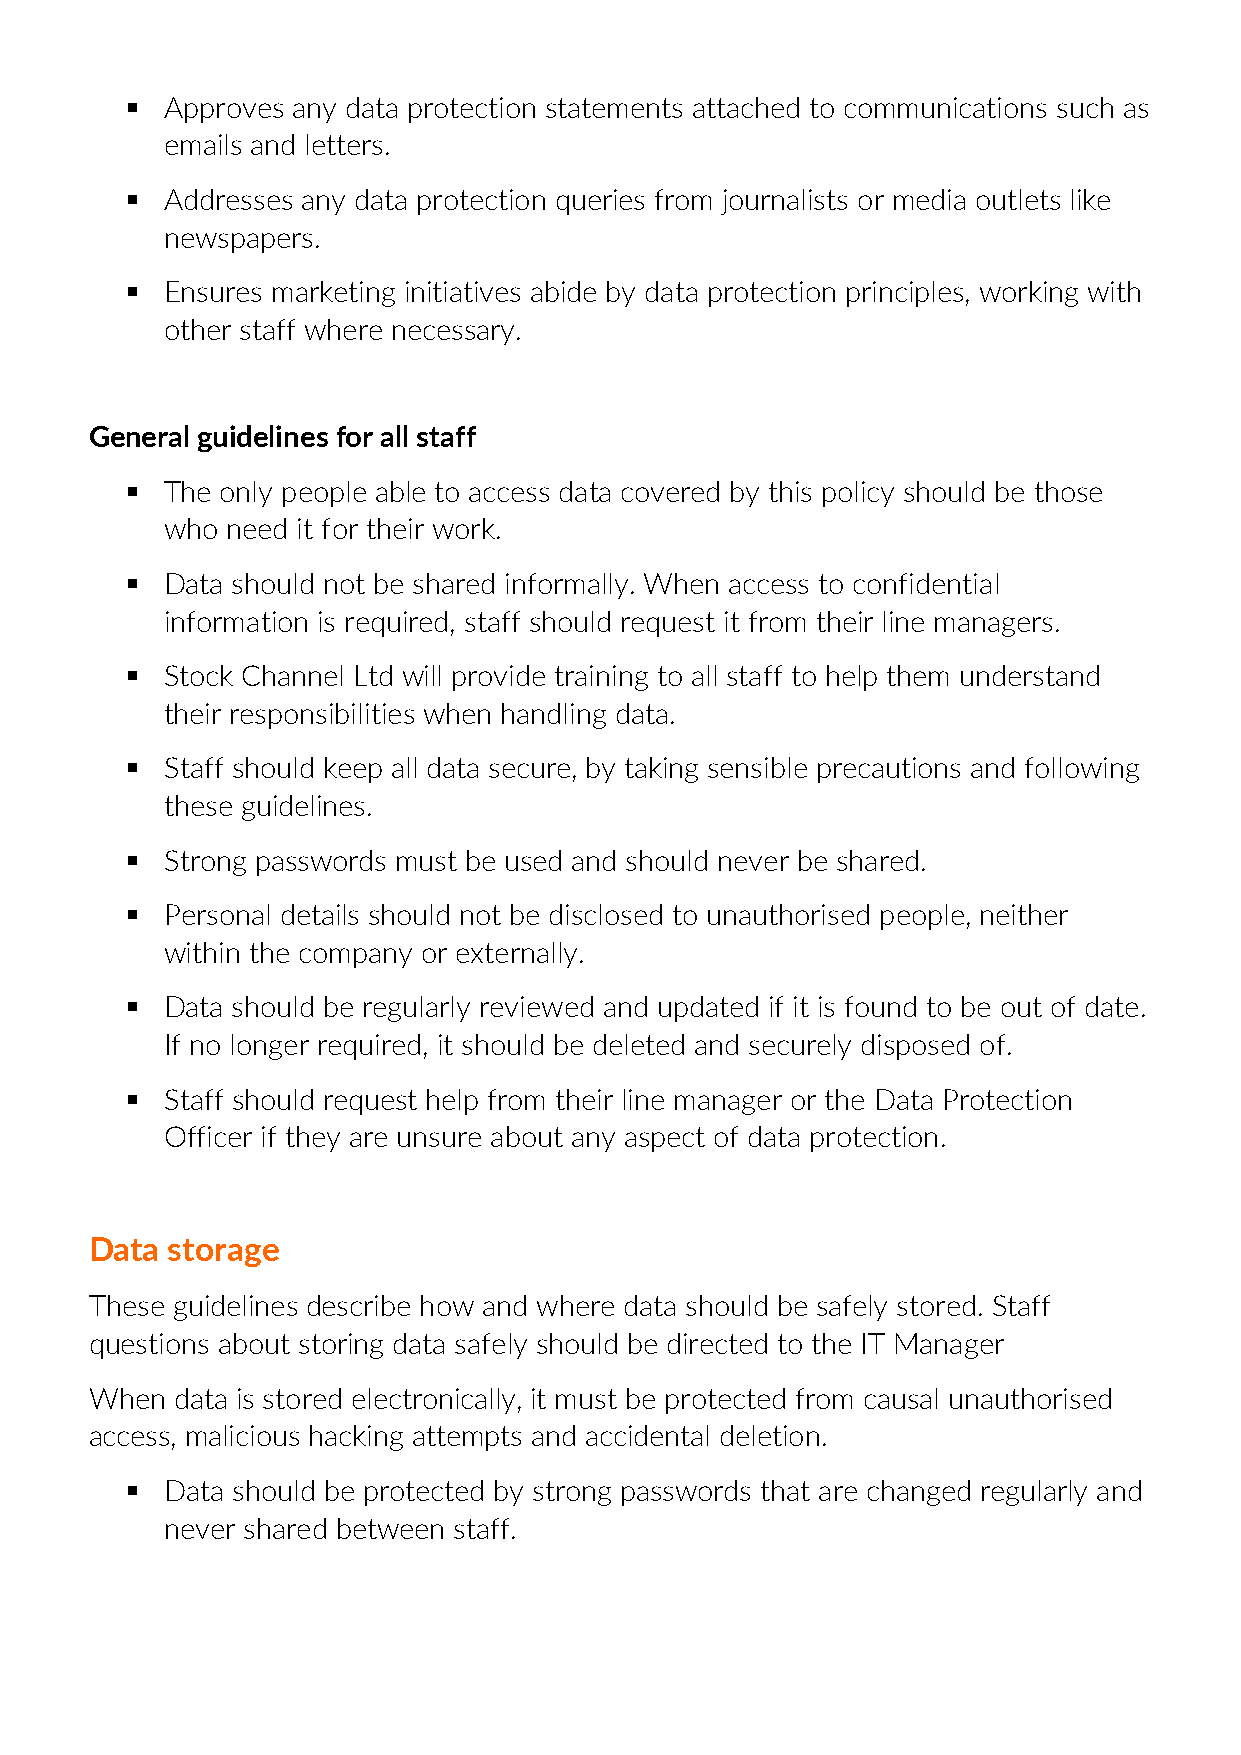
  Approves any data protection statements attached to communications such as
 emails and letters.
   Addresses any data protection queries from journalists or media outlets like
 newspapers.
   Ensures marketing initiatives abide by data protection principles, working with
 other staff where necessary.
 General guidelines for all staff
   The only people able to access data covered by this policy should be those
 who need it for their work.
   Data should not be shared informally. When access to confidential
 information is required, staff should request it from their line managers.
   Stock Channel Ltd will provide training to all staff to help them understand
 their responsibilities when handling data.
   Staff should keep all data secure, by taking sensible precautions and following
 these guidelines.
   Strong passwords must be used and should never be shared.
   Personal details should not be disclosed to unauthorised people, neither
 within the company or externally.
   Data should be regularly reviewed and updated if it is found to be out of date.
 If no longer required, it should be deleted and securely disposed of.
   Staff should request help from their line manager or the Data Protection
 Officer if they are unsure about any aspect of data protection.
 Data storage
 These guidelines describe how and where data should be safely stored. Staff
 questions about storing data safely should be directed to the IT Manager
 When  data is stored electronically, it must be protected from causal unauthorised
 access, malicious hacking attempts and accidental deletion.
   Data should be protected by strong passwords that are changed regularly and
 never shared between staff.